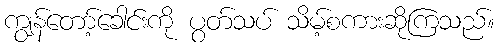
ကျွန်တော့်ခေါင်းကို ပွတ်သပ် သိမ့်စကားဆိုကြသည်။